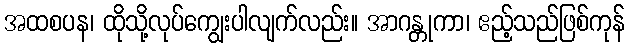
အထစပန၊ ထိုသို့လုပ်ကျွေးပါလျက်လည်း။ အာဂန္တုကာ၊ ဧည့်သည်ဖြစ်ကုန်